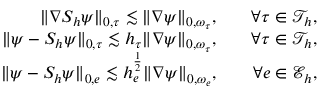
\begin{array} { r l r } { \| \nabla S _ { h } \psi \| _ { 0 , \tau } \lesssim \| \nabla \psi \| _ { 0 , \omega _ { \tau } } , } & { } & { \forall \tau \in \mathcal { T } _ { h } , } \\ { \| \psi - S _ { h } \psi \| _ { 0 , \tau } \lesssim h _ { \tau } \| \nabla \psi \| _ { 0 , \omega _ { \tau } } , } & { } & { \forall \tau \in \mathcal { T } _ { h } , } \\ { \| \psi - S _ { h } \psi \| _ { 0 , e } \lesssim h _ { e } ^ { \frac { 1 } { 2 } } \| \nabla \psi \| _ { 0 , \omega _ { e } } , } & { } & { \forall e \in \mathcal { E } _ { h } , } \end{array}